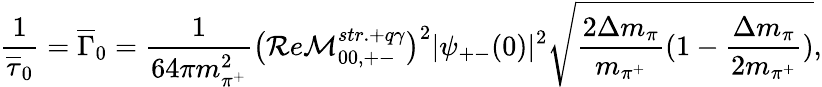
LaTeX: \frac{1}{\overline{{\tau}}_{0}}=\overline{{\Gamma}}_{0}=\frac{1}{64\pi m_{\pi^{+}}^{2}}\big(\mathcal{R}e\mathcal{M}_{00,+-}^{str.+q\gamma}\big)^{2}|\psi_{+-}(0)|^{2}\sqrt{\frac{2\Delta m_{\pi}}{m_{\pi^{+}}}(1-\frac{\Delta m_{\pi}}{2m_{\pi^{+}}})},